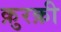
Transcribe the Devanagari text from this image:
क़ुरक़ी